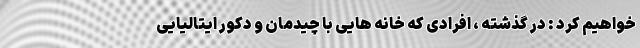
خواهیم کرد : در گذشته ، افرادی که خانه هایی با چیدمان و دکور ایتالیایی